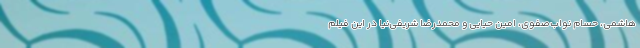
هاشمی، حسام نواب‌صفوی، امین حیایی و محمدرضا شریفی‌نیا در این فیلم